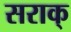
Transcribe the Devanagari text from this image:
सराक्